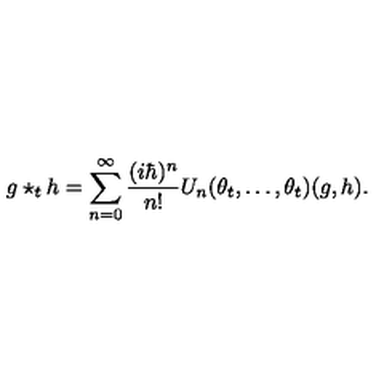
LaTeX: g \star _ { t } h = \sum _ { n = 0 } ^ { \infty } \frac { ( i \hbar ) ^ { n } } { n ! } U _ { n } ( \theta _ { t } , \ldots , \theta _ { t } ) ( g , h ) .